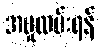
အမှုထမ်းရန်